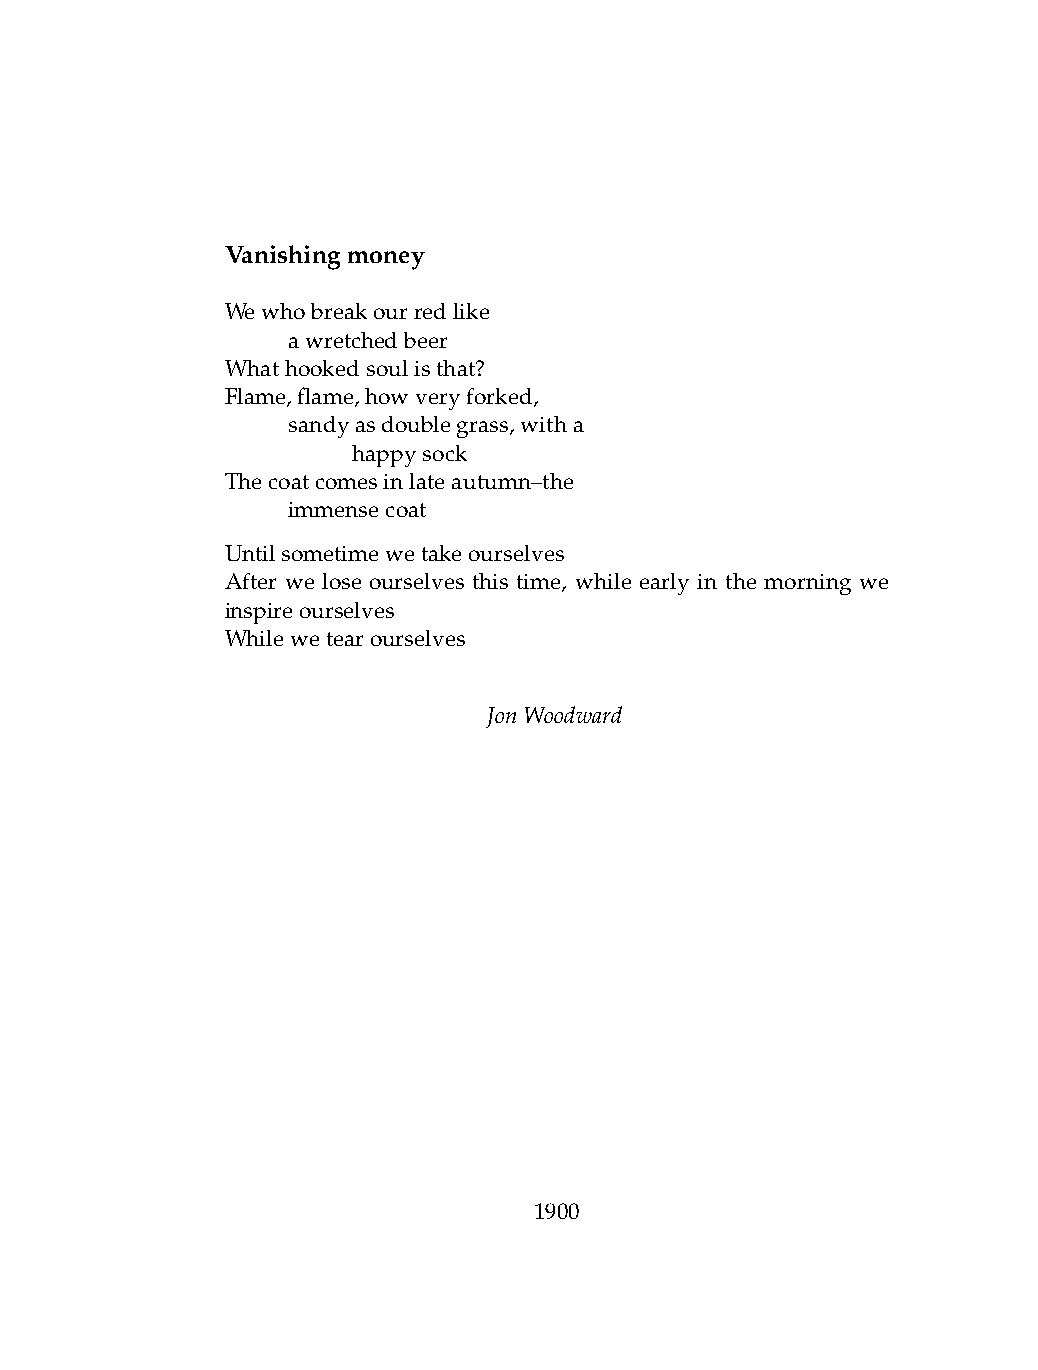
Vanishingmoney
 Wewhobreakourredlike
 .   awretchedbeer
 Whathookedsoulisthat?
 Flame,flame,howveryforked,
 .   sandyasdoublegrass,witha
 .   .   happysock
 Thecoatcomesinlateautumn–the
 .   immensecoat
 Untilsometimewetakeourselves
 After we lose ourselves this time, while early in the morning we
 inspireourselves
 Whilewetearourselves
 JonWoodward
 1900